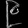
Digit: ၉